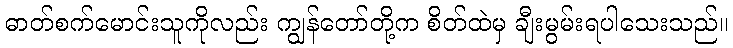
ဓာတ်စက်မောင်းသူကိုလည်း ကျွန်တော်တို့က စိတ်ထဲမှ ချီးမွမ်းရပါသေးသည်။